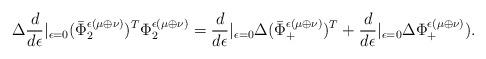
LaTeX: \begin{align*} \Delta\frac{d}{d\epsilon}\vert_{\epsilon=0}(\bar\Phi_2^{\epsilon(\mu\oplus\nu)})^T\Phi^{\epsilon(\mu\oplus\nu)}_2=\frac{d}{d\epsilon}\vert_{\epsilon=0}\Delta(\bar\Phi_+^{\epsilon(\mu\oplus\nu)})^T+\frac{d}{d\epsilon}\vert_{\epsilon=0}\Delta\Phi^{\epsilon(\mu\oplus\nu)}_+).\end{align*}